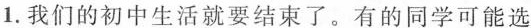
1.我们的初中生活就要结束了。有的同学可能选